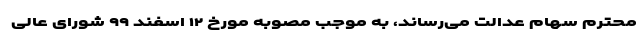
محترم سهام عدالت می‌رساند، به موجب مصوبه مورخ ۱۲ اسفند ۹۹ شورای عالی